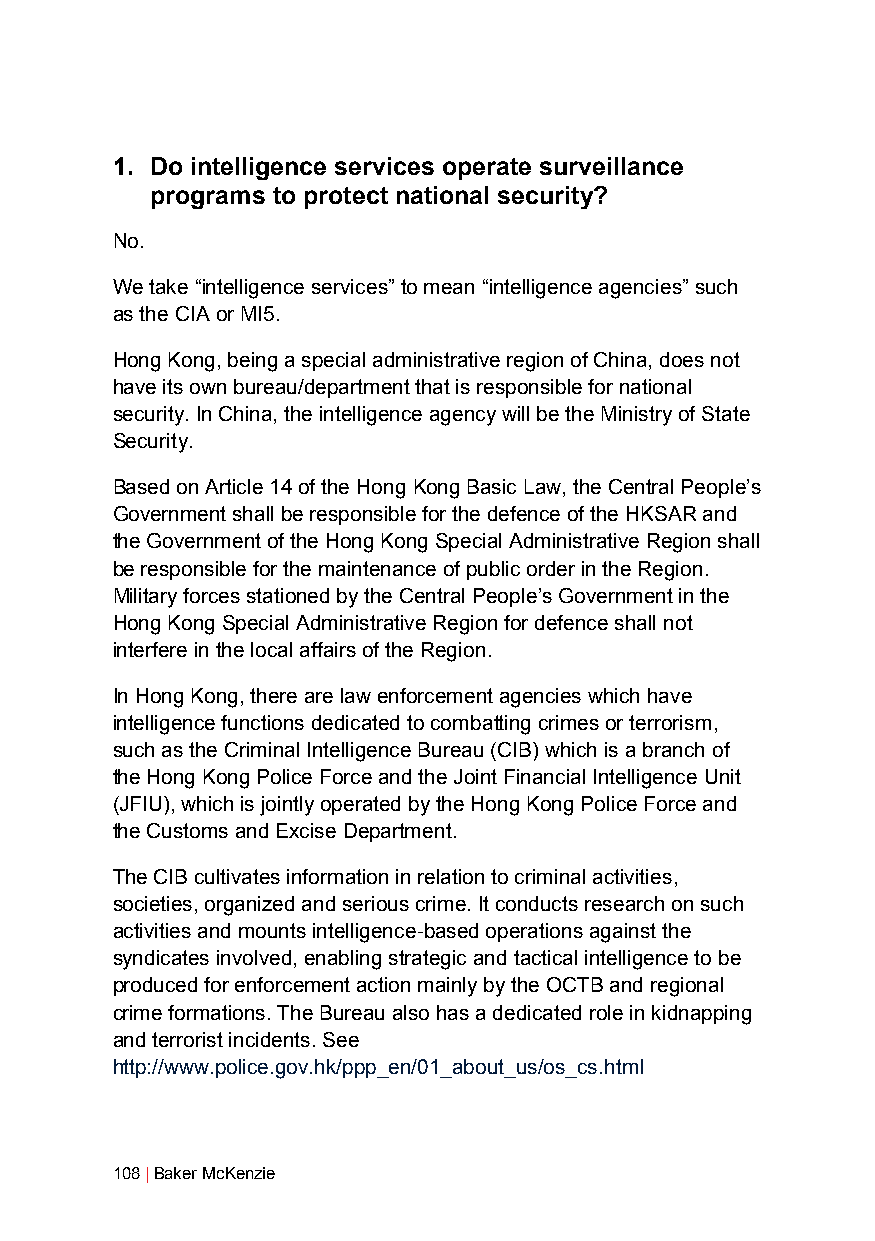
1. Do intelligence services operate surveillance
 programs to protect national security?
 No.
 We take “intelligence services” to mean “intelligence agencies” such
 as the CIA or MI5.
 Hong Kong, being a special administrative region of China, does not
 have its own bureau/department that is responsible for national
 security. In China, the intelligence agency will be the Ministry of State
 Security.
 Based on Article 14 of the Hong Kong Basic Law, the Central People’s
 Government shall be responsible for the defence of the HKSAR and
 the Government of the Hong Kong Special Administrative Region shall
 be responsible for the maintenance of public order in the Region.
 Military forces stationed by the Central People’s Government in the
 Hong Kong Special Administrative Region for defence shall not
 interfere in the local affairs of the Region.
 In Hong Kong, there are law enforcement agencies which have
 intelligence functions dedicated to combatting crimes or terrorism,
 such as the Criminal Intelligence Bureau (CIB) which is a branch of
 the Hong Kong Police Force and the Joint Financial Intelligence Unit
 (JFIU), which is jointly operated by the Hong Kong Police Force and
 the Customs and Excise Department.
 The CIB cultivates information in relation to criminal activities,
 societies, organized and serious crime. It conducts research on such
 activities and mounts intelligence-based operations against the
 syndicates involved, enabling strategic and tactical intelligence to be
 produced for enforcement action mainly by the OCTB and regional
 crime formations. The Bureau also has a dedicated role in kidnapping
 and terrorist incidents. See
 http://www.police.gov.hk/ppp_en/01_about_us/os_cs.html
 108 | Baker McKenzie